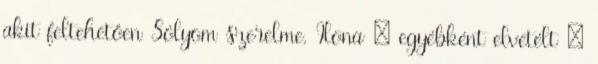
akit feltehetően Sólyom szerelme, Ilona – egyébként elvetélt –